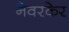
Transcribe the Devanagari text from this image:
नेवरकेर